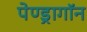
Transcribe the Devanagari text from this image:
पेण्ड्रागॉन